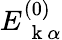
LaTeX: E_{\mathrm{~\mathbf~k~}\alpha}^{(0)}